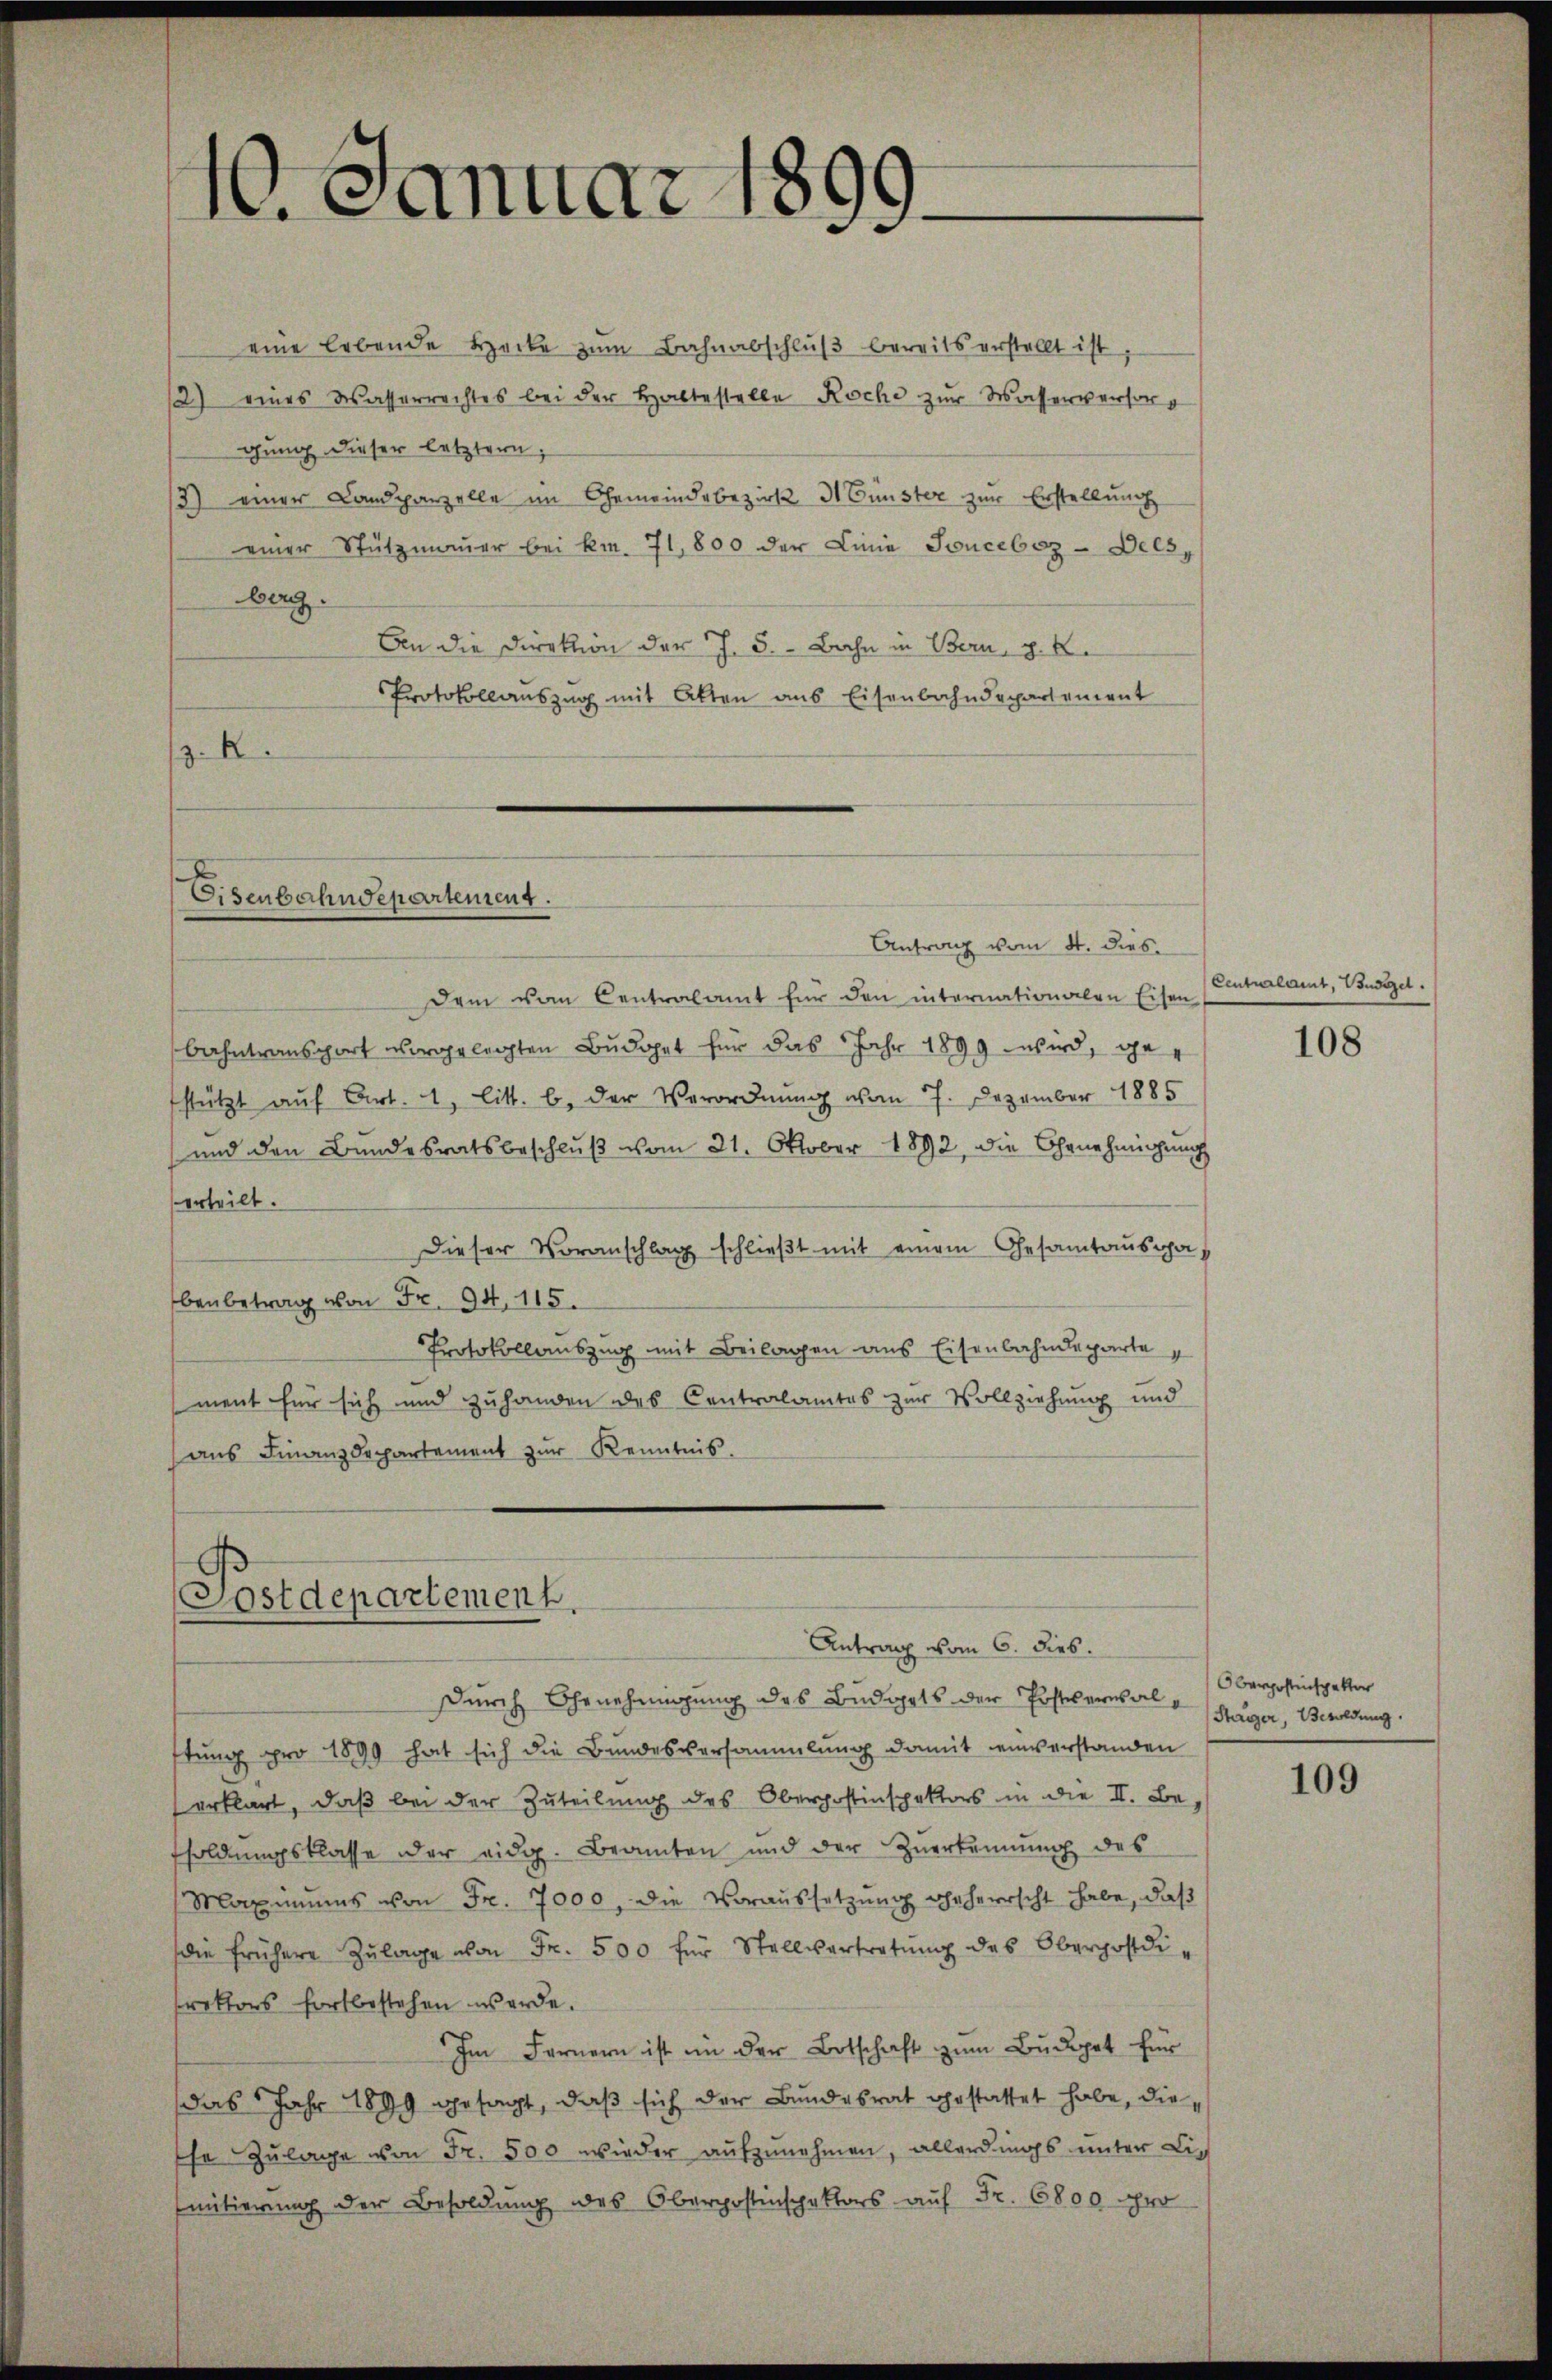
¬
M. Januar 186
e
.

eine lebende Hacke zum Bahnabschluß bereits verstellt ist,
2) eines Wasserrechtes bei der Haltestelle Roche zur Wasserversorg
gung dieser letztern;
3) einer Landparzelle im Gemeindebezirk H Gunster zur Erstellung
einer Stützmauer bei km. 71,800 der Linie Souceboz - Dels,
berg.
An die Direktion der J. 5.- Bahn in Bern, z. B.
Protokollauszug mit Atten aus Eisenbahndepartement
z. X.

Eisenbahndepartement.

Antrag vom 4. dies
Dem vom Centralamt für den internationalen Eisen
bahntransport vorgelegten Budget für das Jahr 1899 wird, gestützt auf Art. 1, litt. b. der Verordnung vom 7. Dezember 1885
und den Bundesratsbeschlŭβ vom 21. Oktober 1892, die Genehmigung
erteilt.
Dieser Voranschlag schließt mit einem Gesamtausgabenbetrag von Fr. 94, 115.
Protokollauszug mit Beilagen aus Eisenbahndeparte
ment für sich und zuhanden des Contralamtes zur Vollziehung und
aus Finanzdepartement zur Kenntnis.

Postdepartement.

Antrag vom 6. dies.

durch Ehrnehmigung des Budgets der Postversal Sager, Bildung
ftung pro 1899 hat sich die Bundesversammlung damit einverstanden
erklärt, daß bei der Zuteilung des Oberhostinspektors in die II. Be-
soldungsklasse der eidg. Beamten und der Zuerkennung des
Maximŭms von Fr. 7000, die Voraussetzŭng geherrscht habe, daß
die frühere Zŭlage von Fr. 500 für Stellvertretŭng des Oberpostdirektors fortbestehen werde.
Im Fernern ist in der Botschaft zum Budget für
das Jahr 1899 gesagt, daß sich der Bundesrat gestattet habe, diese Zulage von Fr. 500 wieder aufzunehmen, allerdings unter Lie
mitierung der Besoldung des Oberpostinspektors auf Fr. 6800 pro

Centrait, Burgel

108

Oberpostinspektor

109